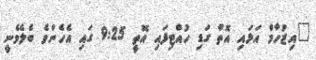
"އިޒުހާމް އަޅައި އޮތް ގަޑި ހުއްޓިފައި އޮތީ 9:25 ގައި އެހެންވެ ބެލެވެނީ